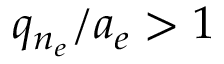
q _ { n _ { e } } / a _ { e } > 1